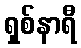
ရှစ်နာရီ